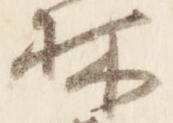
林